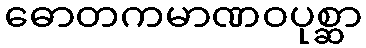
ဓောတကမာဏဝပုစ္ဆာ